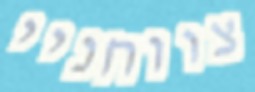
צווחניי